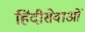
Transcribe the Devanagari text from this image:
हिंदीसेवाओं